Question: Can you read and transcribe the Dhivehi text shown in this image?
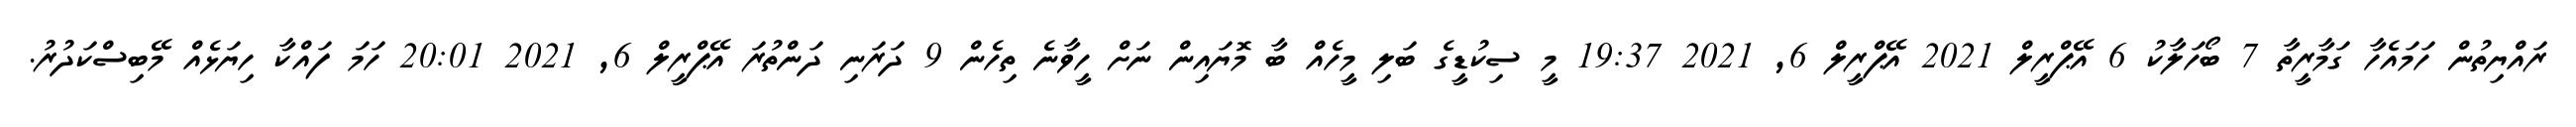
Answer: ރައްޔިތުން ހަމައެހާ ގަމާރީތާ 7 ބޯހަލާކު 6 އޭޕްރީލް 2021 އޭޕްރީލް 6, 2021 19:37 މީ ސިކުޑީގެ ބަލި މީހެއް ބާ މޮޔައިން ނަށް ހީވާނެ ތިހެން 9 ދަރަނި ދަންތުރަ އޭޕްރީލް 6, 2021 20:01 ހަމަ ފައްކާ ހިޔަޅެއް މޭބިސްކަދުރު.